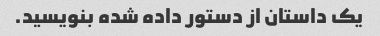
یک داستان از دستور داده شده بنویسید.